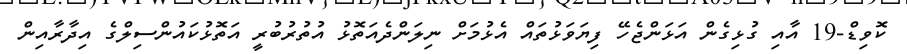
ކޮވިޑް-19 އާއި ގުޅިގެން އަޅަންޖެހޭ ފިޔަވަޅުތައް އެޅުމަށް ނިލަންދެއަތޮޅު އުތުރުބުރީ އަތޮޅުކައުންސިލްގެ އިދާރާއިން